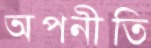
অপনীতি